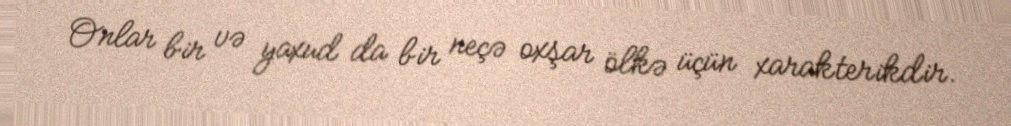
Onlar bir və yaxud da bir neçə oxşar ölkə üçün xarakterikdir.